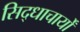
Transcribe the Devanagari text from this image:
सिद्धाचार्यों